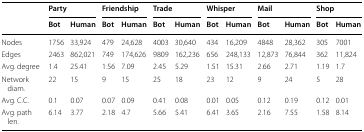
|  | <COLSPAN=2> Party | <COLSPAN=2> Friendship | <COLSPAN=2> Trade | <COLSPAN=2> Whisper | <COLSPAN=2> Mail | <COLSPAN=2> Shop |
 |  | Bot | Human | Bot | Human | Bot | Human | Bot | Human | Bot | Human | Bot | Human |
 | --- | --- | --- | --- | --- | --- | --- | --- | --- | --- | --- | --- | --- |
 | Nodes | 1756 | 33,924 | 479 | 24,628 | 4003 | 30,640 | 434 | 16,209 | 4848 | 28,362 | 305 | 7001 |
 | Edges | 2463 | 862,021 | 749 | 174,626 | 9809 | 162,236 | 656 | 248,133 | 12,873 | 76,844 | 362 | 11,824 |
 | Avg. degree | 1.4 | 25.41 | 1.56 | 7.09 | 2.45 | 5.29 | 1.51 | 15.31 | 2.66 | 2.71 | 1.19 | 1.7 |
 | Network diam. | 22 | 15 | 9 | 15 | 25 | 18 | 23 | 12 | 9 | 24 | 5 | 28 |
 | Avg. C.C. | 0.1 | 0.07 | 0.07 | 0.09 | 0.41 | 0.08 | 0.01 | 0.05 | 0.12 | 0.19 | 0.12 | 0.01 |
 | Avg. path len. | 6.14 | 3.77 | 2.18 | 4.7 | 5.66 | 5.41 | 6.41 | 3.65 | 2.16 | 7.55 | 1.58 | 8.14 |